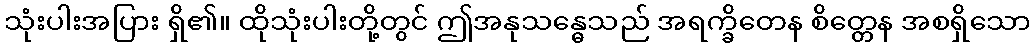
သုံးပါးအပြား ရှိ၏။ ထိုသုံးပါးတို့တွင် ဤအနုသန္ဓေသည် အရက္ခိတေန စိတ္တေန အစရှိသော